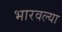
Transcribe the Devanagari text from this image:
भारवल्या